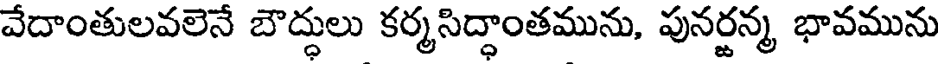
వేదాంతులవలెనే బౌద్ధులు కర్మసిద్ధాంతమును, పునర్జన్మ భావమును